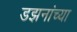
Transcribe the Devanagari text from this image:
डझनांच्या